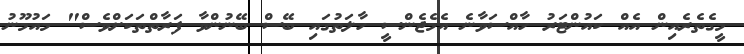
މީގެތެރެއިން އެއް ކައުންޓަރު ހާއްސަވާނެ އެމެޖެންސީ ހާލަތުގައި ބޭސް ބޭނުންވާ ފަރާތްތަކަށްވެސް" މައުމޫނު